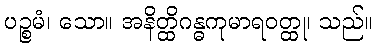
ပဉ္စမံ၊ သော။ အနိတ္ထိဂန္ဓကုမာရဝတ္ထု၊ သည်။